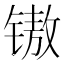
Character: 𰾧